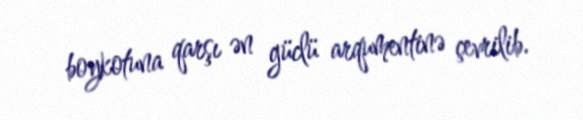
boykotuna qarşı ən güclü arqumentinə çevrilib.